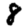
Digit: 8